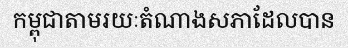
កម្ពុជាតាមរយៈតំណាងសភាដែលបាន